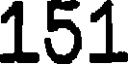
151